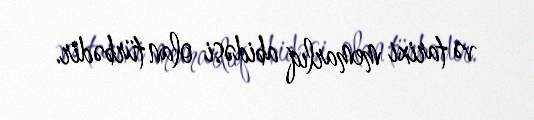
və tarixi memarlıq abidəsi olan türbədir.